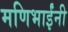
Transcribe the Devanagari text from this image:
मणिभाईंनी